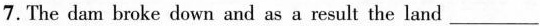
7.The dam broke down and as a result the land ___